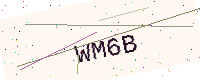
Text: WM6B